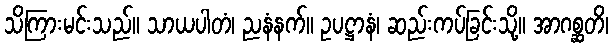
သိကြားမင်းသည်။ သာယပါတံ၊ ညနံနက်။ ဥပဋ္ဌာနံ၊ ဆည်းကပ်ခြင်းသို့။ အာဂစ္ဆတိ၊